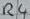
Text: R4